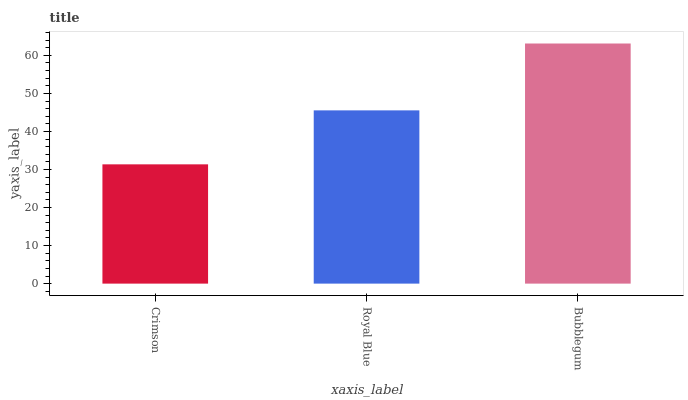
| xaxis_label | bars |
 | --- | --- |
 | Crimson | 31.4 |
 | Royal Blue | 45.5 |
 | Bubblegum | 63.1 |